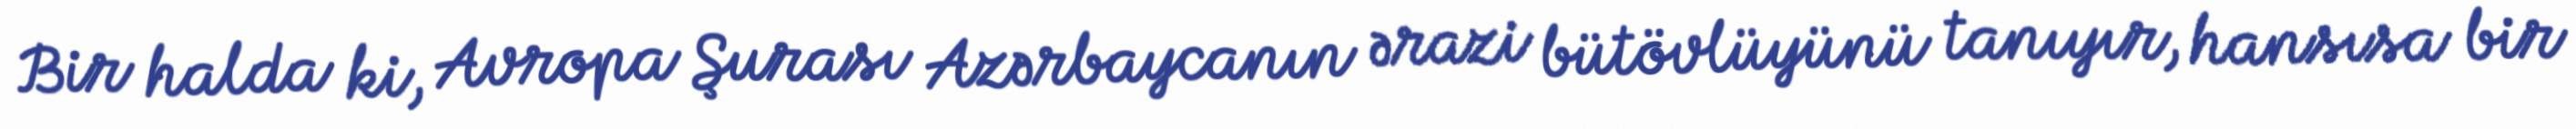
Bir halda ki, Avropa Şurası Azərbaycanın ərazi bütövlüyünü tanıyır, hansısa bir